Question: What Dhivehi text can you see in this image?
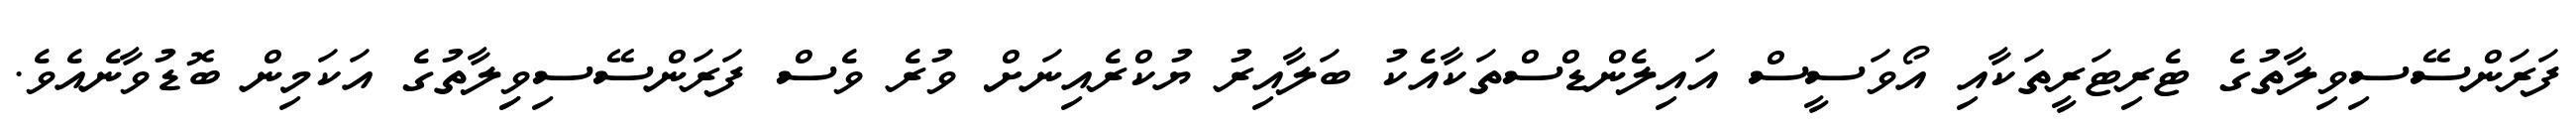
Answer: ފަރަންސޭސިވިލާތުގެ ޓެރިޓަރީތަކާއި އޯވަސީސް އައިލެންޑްސްތަކާއެކު ބަލާއިރު ޔުކްރެއިނަށް ވުރެ ވެސް ފަރަންސޭސިވިިލާތުގެ އަކަމިން ބޮޑުވާނެއެވެ.